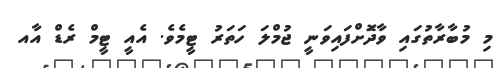
މި މުބާރާތުގައި ވާދަޮށްފައިވަނީ ޖުމްލަ ހަތަރު ޓީމެވެ. އެއީ ޓީމް ރެޑް އާއ